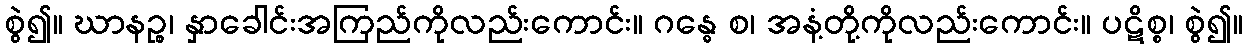
စွဲ၍။ ဃာနဉ္စ၊ နှာခေါင်းအကြည်ကိုလည်းကောင်း။ ဂန္ဓေ စ၊ အနံ့တို့ကိုလည်းကောင်း။ ပဋိစ္စ၊ စွဲ၍။